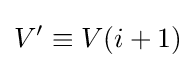
V'\equiv V(i+1)